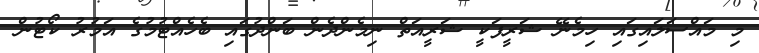
މި މައްސަލައިގައި ހިމެނޭ ޝަރީފަކީ ޝަރީއަތް ނިމެންދެން ބަންދުގައި ބެހެއްޓުމުގެ އަމުރު ކޯޓުން